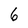
Character: 6